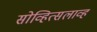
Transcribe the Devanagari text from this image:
सोव्हित्सलाव्ह